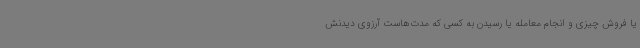
یا فروش چیزی و انجام معامله یا رسیدن به کسی که مدت‌هاست آرزوی دیدنش